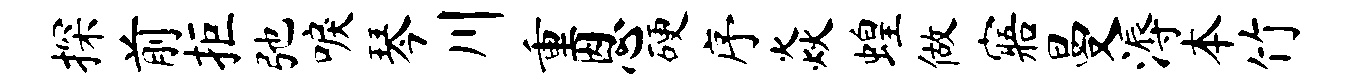
探前拒弛唳琴川重恩硬序焱蝗做寤曼溽本竹